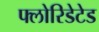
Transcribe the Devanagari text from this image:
फ्लोरिडेटेड